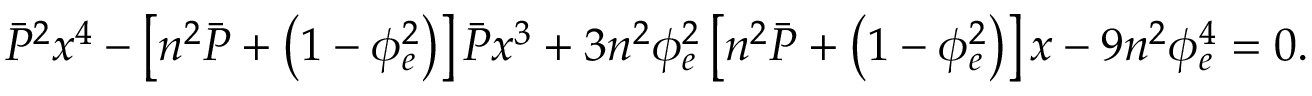
\Bar { P } ^ { 2 } x ^ { 4 } - \left[ n ^ { 2 } \Bar { P } + \left( 1 - \phi _ { e } ^ { 2 } \right) \right] \Bar { P } x ^ { 3 } + 3 n ^ { 2 } \phi _ { e } ^ { 2 } \left[ n ^ { 2 } \Bar { P } + \left( 1 - \phi _ { e } ^ { 2 } \right) \right] x - 9 n ^ { 2 } \phi _ { e } ^ { 4 } = 0 .